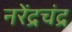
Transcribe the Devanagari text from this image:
नरेंद्रचंद्र